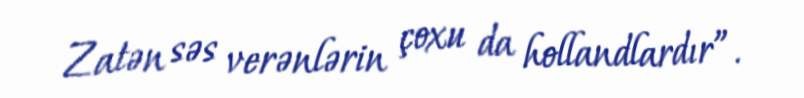
Zatən səs verənlərin çoxu da hollandlardır”.